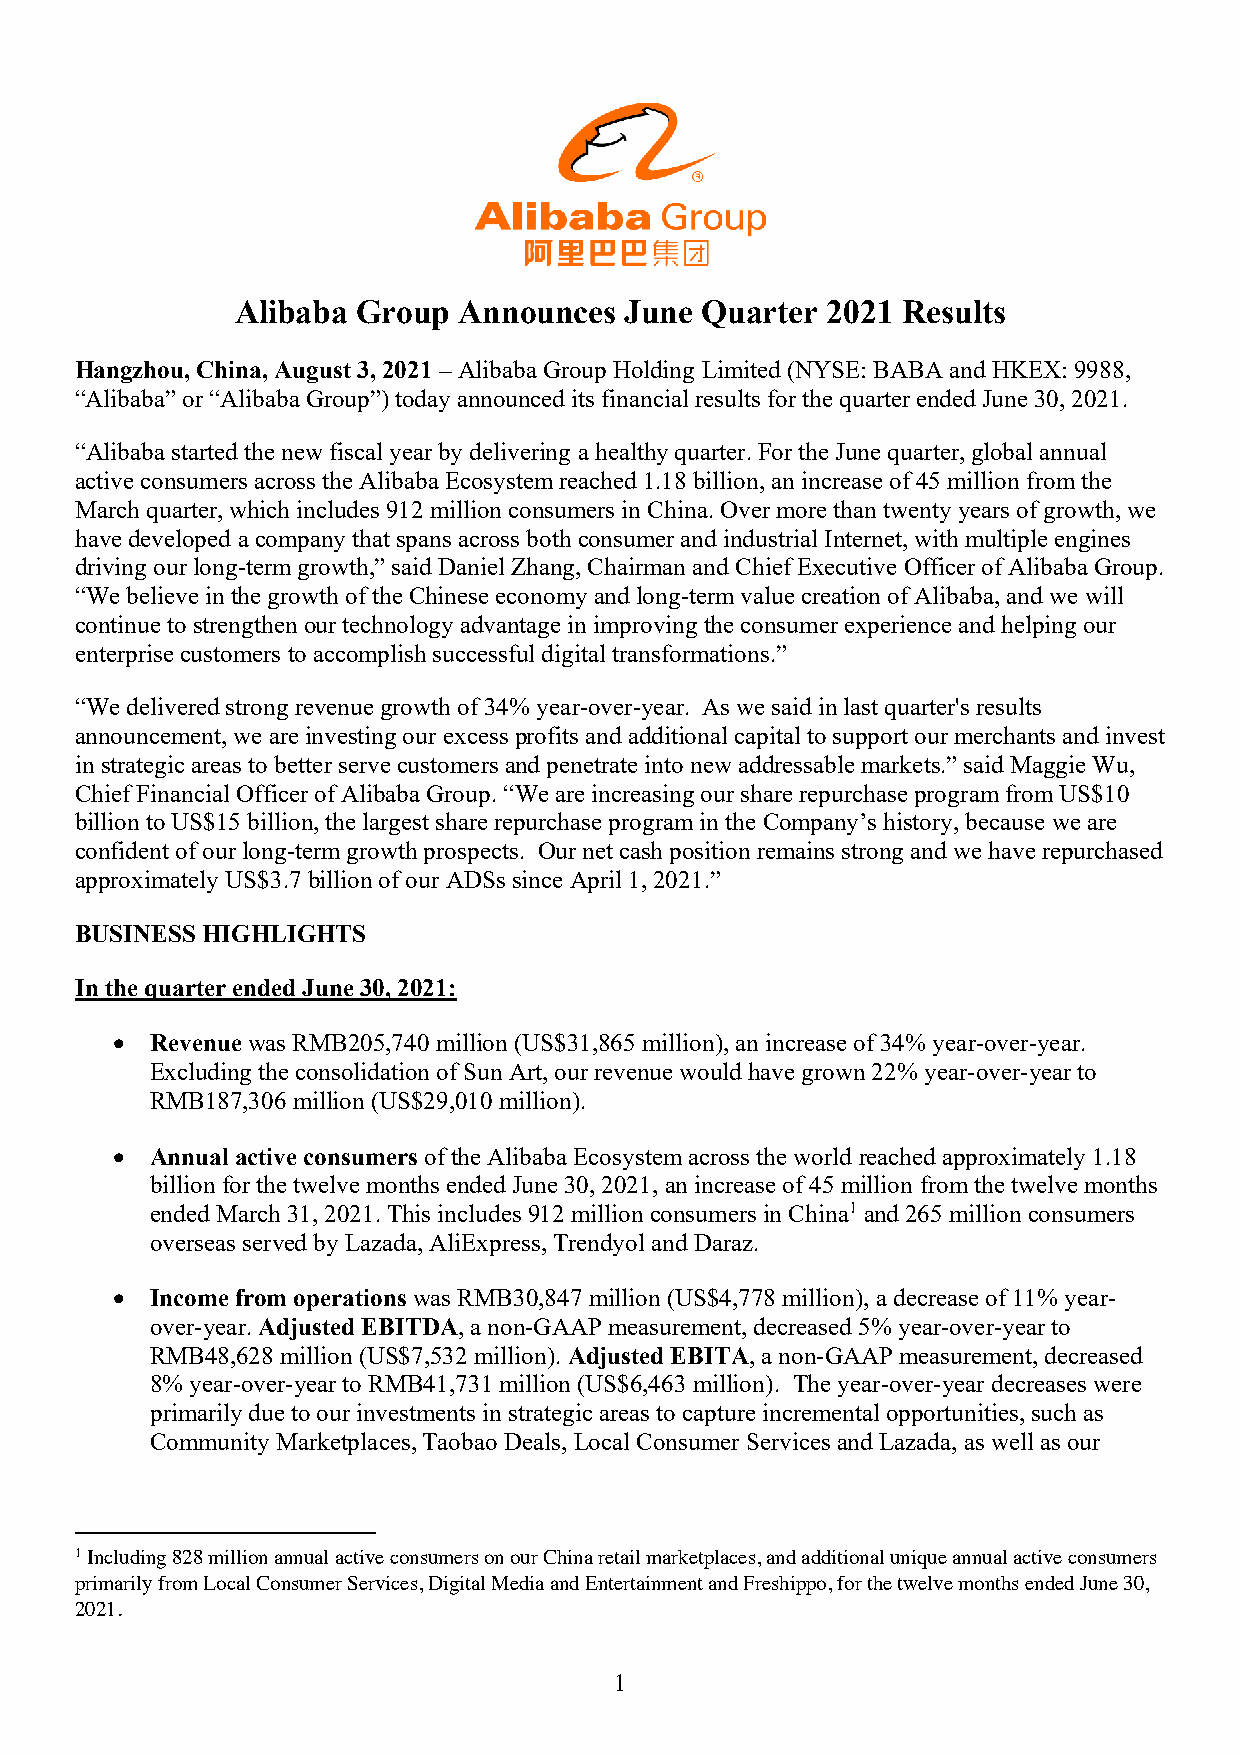
Alibaba Group Announces  June Quarter  2021 Results
 Hangzhou, China, August 3, 2021 – Alibaba Group Holding Limited (NYSE: BABA and HKEX: 9988,
 “Alibaba” or “Alibaba Group”) today announced its financial results for the quarter ended June 30, 2021.
 “Alibaba started the new fiscal year by delivering a healthy quarter. For the June quarter, global annual
 active consumers across the Alibaba Ecosystem reached 1.18 billion, an increase of 45 million from the
 March quarter, which includes 912 million consumers in China. Over more than twenty years of growth, we
 have developed a company that spans across both consumer and industrial Internet, with multiple engines
 driving our long-term growth,” said Daniel Zhang, Chairman and Chief Executive Officer of Alibaba Group.
 “We believe in the growth of the Chinese economy and long-term value creation of Alibaba, and we will
 continue to strengthen our technology advantage in improving the consumer experience and helping our
 enterprise customers to accomplish successful digital transformations.”
 “We delivered strong revenue growth of 34% year-over-year. As we said in last quarter's results
 announcement, we are investing our excess profits and additional capital to support our merchants and invest
 in strategic areas to better serve customers and penetrate into new addressable markets.” said Maggie Wu,
 Chief Financial Officer of Alibaba Group. “We are increasing our share repurchase program from US$10
 billion to US$15 billion, the largest share repurchase program in the Company’s history, because we are
 confident of our long-term growth prospects. Our net cash position remains strong and we have repurchased
 approximately US$3.7 billion of our ADSs since April 1, 2021.”
 BUSINESS HIGHLIGHTS
 In the quarter ended June 30, 2021:
 •  Revenue was RMB205,740 million (US$31,865 million), an increase of 34% year-over-year.
 Excluding the consolidation of Sun Art, our revenue would have grown 22% year-over-year to
 RMB187,306 million (US$29,010 million).
 •  Annual active consumers of the Alibaba Ecosystem across the world reached approximately 1.18
 billion for the twelve months ended June 30, 2021, an increase of 45 million from the twelve months
 ended March 31, 2021. This includes 912 million consumers in China1 and 265 million consumers
 overseas served by Lazada, AliExpress, Trendyol and Daraz.
 •  Income from operations was RMB30,847 million (US$4,778 million), a decrease of 11% year-
 over-year. Adjusted EBITDA, a non-GAAP measurement, decreased 5% year-over-year to
 RMB48,628 million (US$7,532 million). Adjusted EBITA, a non-GAAP measurement, decreased
 8% year-over-year to RMB41,731 million (US$6,463 million). The year-over-year decreases were
 primarily due to our investments in strategic areas to capture incremental opportunities, such as
 Community Marketplaces, Taobao Deals, Local Consumer Services and Lazada, as well as our
 1 Including 828 million annual active consumers on our China retail marketplaces, and additional unique annual active consumers
 primarily from Local Consumer Services, Digital Media and Entertainment and Freshippo, for the twelve months ended June 30,
 2021.
 1